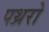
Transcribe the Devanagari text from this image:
पथ्ररो